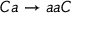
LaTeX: C a \rightarrow a a C